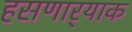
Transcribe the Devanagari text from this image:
हसणार्‍याक